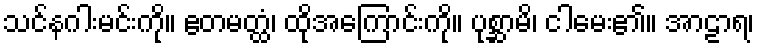
သင်နဂါးမင်းကို။ ဧတမတ္ထံ၊ ထိုအကြောင်းကို။ ပုစ္ဆာမိ၊ ငါမေး၏။ အာဠာရ၊